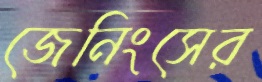
জেনিংসের